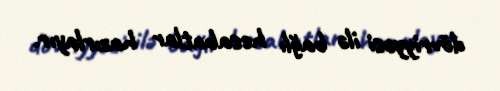
dövriyyəsi ilə bağlı hesabatlar hazırlayır.